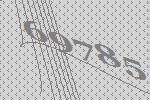
69785